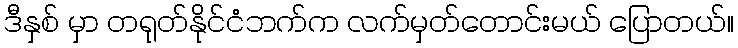
ဒီနှစ် မှာ တရုတ်နိုင်ငံဘက်က လက်မှတ်တောင်းမယ် ပြောတယ်။